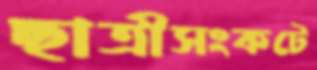
ছাত্রীসংকটে